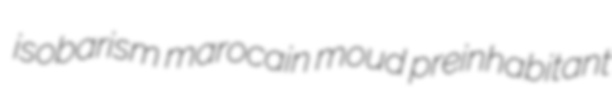
isobarism marocain moud preinhabitant